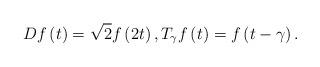
LaTeX: \begin{align*}Df\left( t\right) =\sqrt{2}f\left( 2t\right) ,T_{\gamma}f\left( t\right) =f\left( t-\gamma\right).\end{align*}